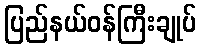
ပြည်နယ်ဝန်ကြီးချုပ်